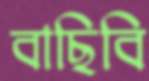
বাছিবি